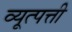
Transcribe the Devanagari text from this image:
व्यूत्पत्ती